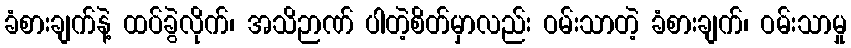
ခံစားချက်နဲ့ ထပ်ခွဲလိုက်၊ အသိဉာဏ် ပါတဲ့စိတ်မှာလည်း ဝမ်းသာတဲ့ ခံစားချက်၊ ဝမ်းသာမှု